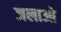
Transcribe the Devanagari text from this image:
जलाओ